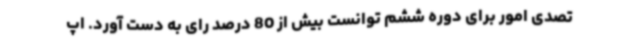
تصدی امور برای دوره ششم توانست بیش از 80 درصد رای به دست آورد. اپ